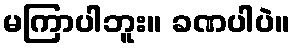
မကြာပါဘူး။ ခဏပါပဲ။